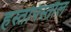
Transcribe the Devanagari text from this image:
हस्तपिस्तौल